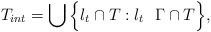
LaTeX: \begin{align*}T_{int} = \bigcup \Big\{ l_t\cap T: l_t~~\Gamma\cap T \Big\},\end{align*}